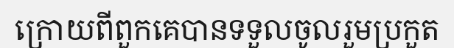
ក្រោយពីពួកគេបានទទួលចូលរួមប្រកួត